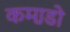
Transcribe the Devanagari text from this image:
कमा़डो